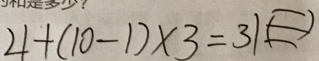
4 + ( 1 0 - 1 ) \times 3 = 3 1 ( \equiv )